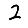
Digit: 2